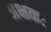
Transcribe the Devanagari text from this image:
अक्षकः